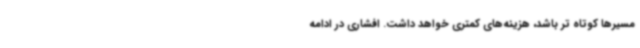
مسیرها کوتاه تر باشد، هزینه‌های کمتری خواهد داشت. افشاری در ادامه